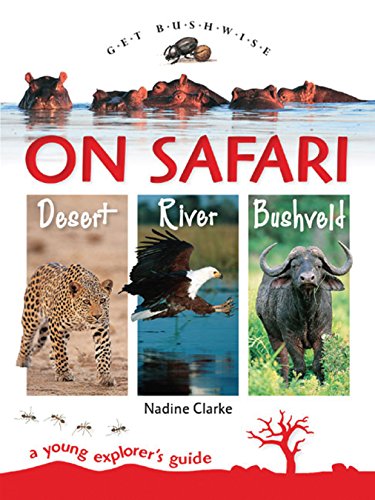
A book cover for Get Bushwise: On Safari Desert, River, Bushveld: A Young Explorer's Guide; Nadine Clarke; Teen & Young Adult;